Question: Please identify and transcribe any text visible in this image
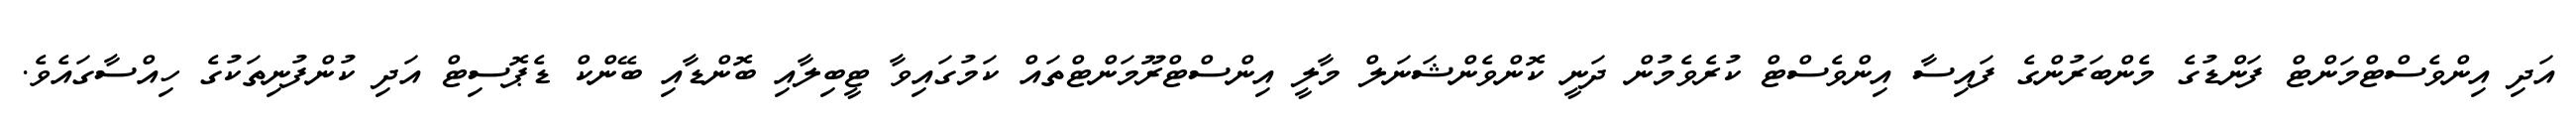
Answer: އަދި އިންވެސްޓްމަންޓް ފަންޑުގެ މެންބަރުންގެ ފައިސާ އިންވެސްޓް ކުރެވެމުން ދަނީ ކޮންވެންޝަނަލް މާލީ އިންސްޓްރޫމަންޓްތައް ކަމުގައިވާ ޓީބިލާއި ބޮންޑާއި ބޭންކް ޑެޕޮސިޓް އަދި ކުންފުނިތަކުގެ ހިއްސާގައެވެ.